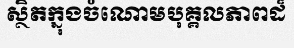
ស្ថិតក្នុងចំណោមបុគ្គលភាពដ៏